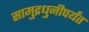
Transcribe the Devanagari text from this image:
सामुद्रधुनीपर्यंत